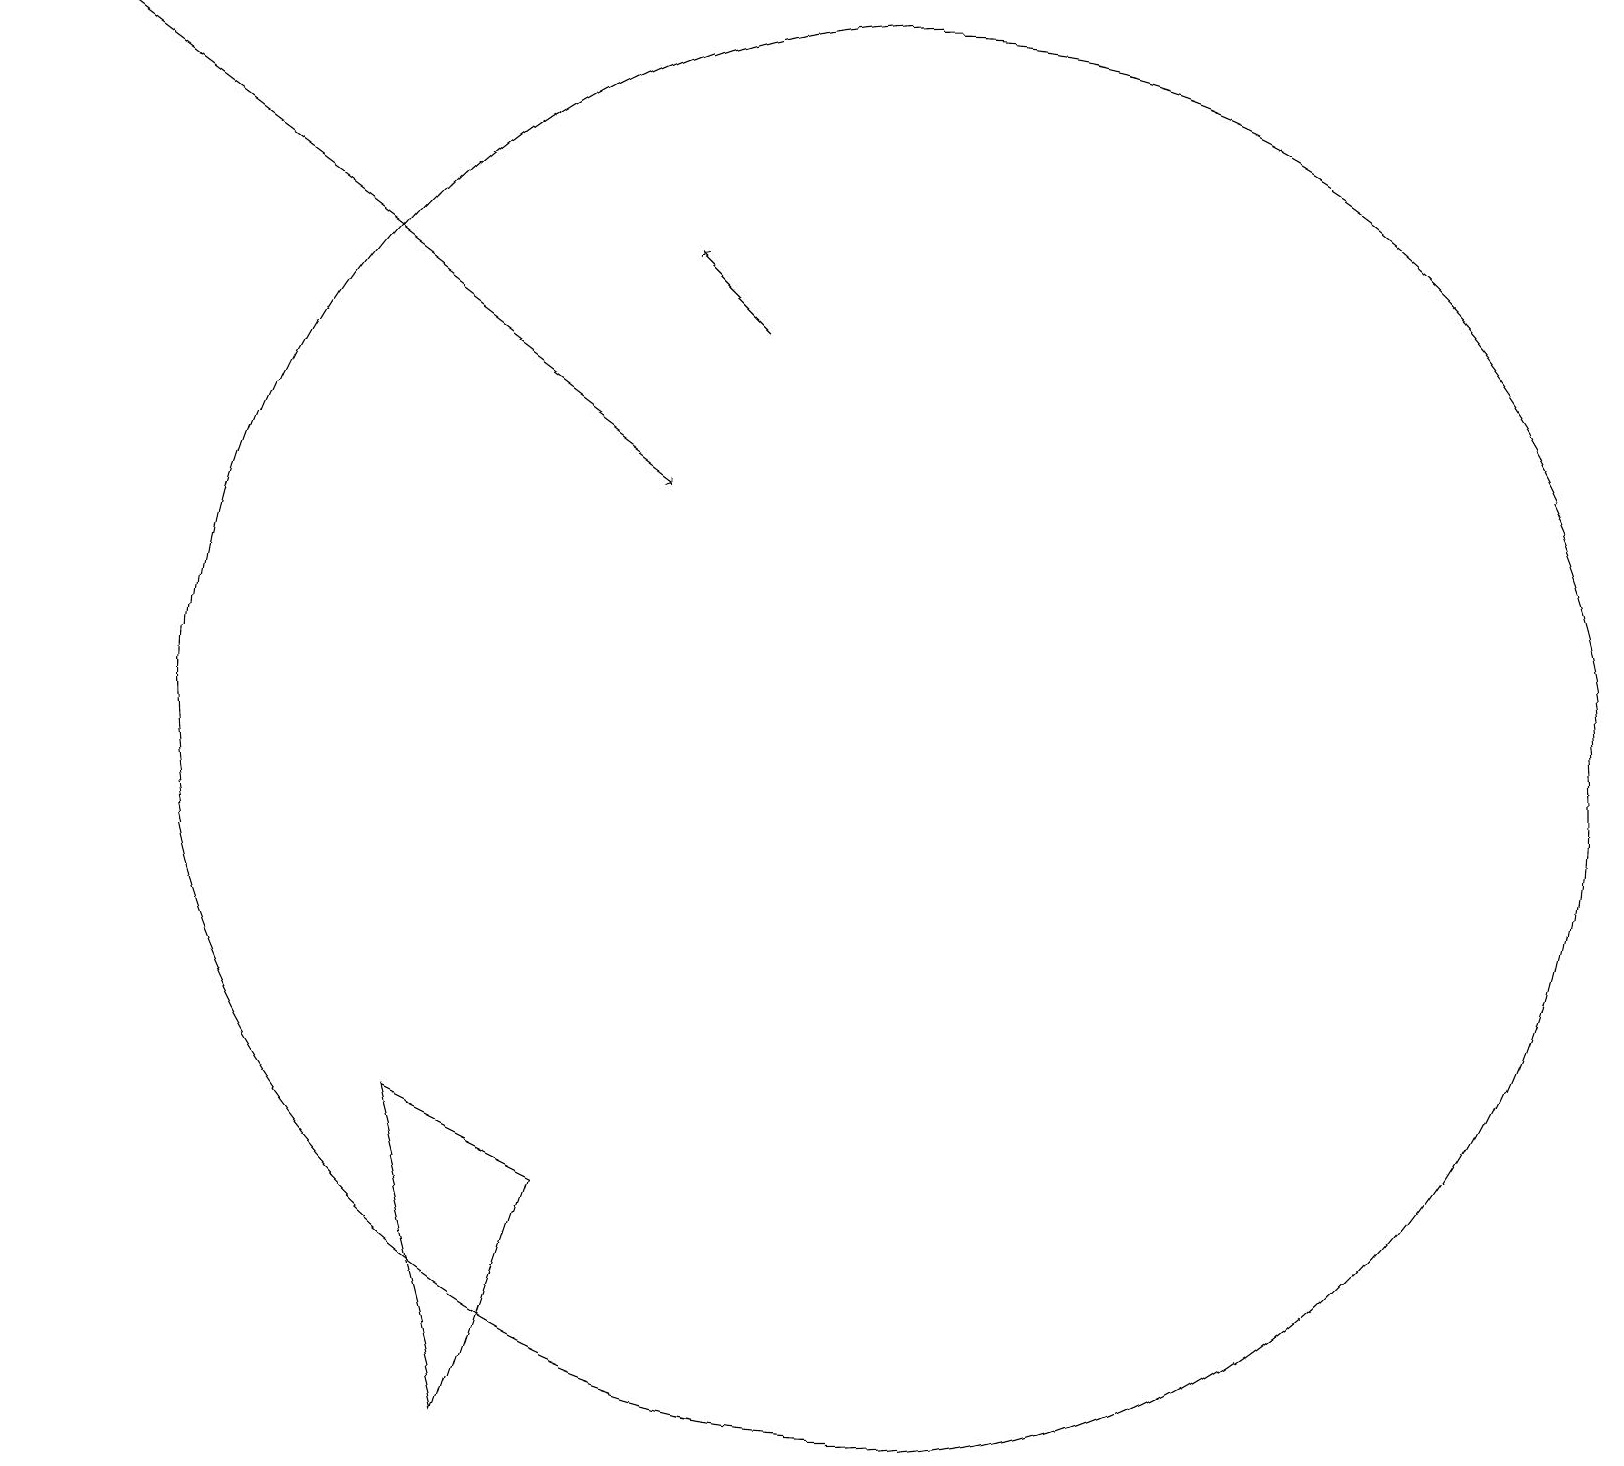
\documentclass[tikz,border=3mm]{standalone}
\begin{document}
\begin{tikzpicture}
\draw[->] (9,15) -- (8,16);
\draw (5,5) -- (6,1) -- (7,4) -- cycle;
\draw (11,10) circle (9);
\draw[->] (0,19) -- (8,13);
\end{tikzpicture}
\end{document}